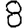
Digit: 8